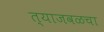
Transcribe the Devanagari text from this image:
त्याजवळचा